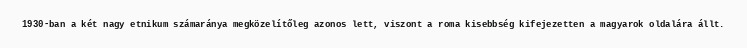
1930-ban a két nagy etnikum számaránya megközelítőleg azonos lett, viszont a roma kisebbség kifejezetten a magyarok oldalára állt.